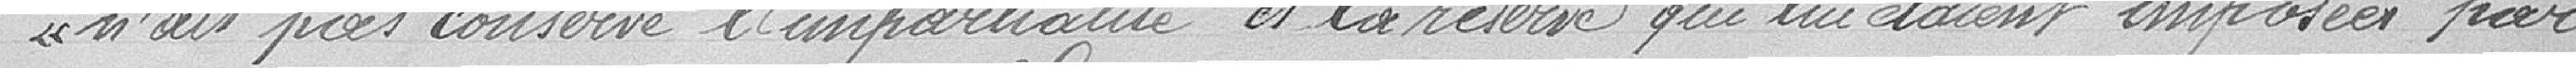
"n'ait pas conservé l'impartialité et la réserve qui lui étaient imposées par